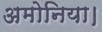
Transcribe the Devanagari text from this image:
अमोनिया।